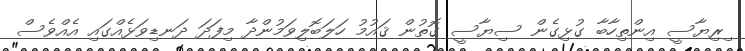
ިރިޔާސީ އިންތިހާބާ ގުޅިގެން ސިޔާސީ ގޮތުން ޤައުމު ހަލަބޮލިވަމުންދާ މިފަދަ ދަނޑިވަޅެއްގައި އެއްވެސް